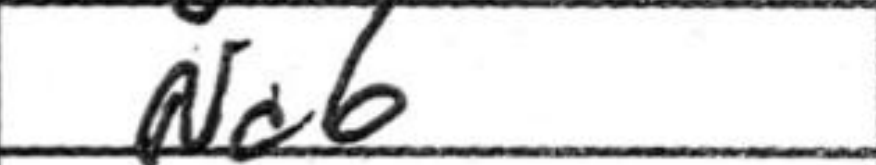
Transcription: Nc6